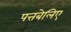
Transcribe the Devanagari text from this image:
पत्तबेलिए